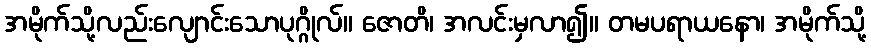
အမိုက်သို့လည်းလျောင်းသောပုဂ္ဂိုလ်။ ဇောတိ၊ အလင်းမှလာ၍။ တမပရာယနော၊ အမိုက်သို့